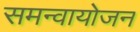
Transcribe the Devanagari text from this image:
समन्वायोजन